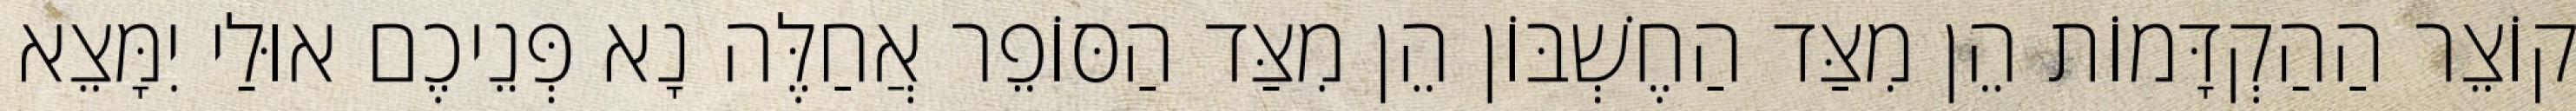
קוֹצֵר הַהַקְדָּמוֹת הֵן מִצַּד הַחֶשְׁבּוֹן הֵן מִצַּד הַסּוֹפֵר אֲחַלֶּה נָא פְּנֵיכֶם אוּלַי יִמָּצֵא